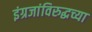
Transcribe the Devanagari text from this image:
इंग्रजांविरुद्धच्या